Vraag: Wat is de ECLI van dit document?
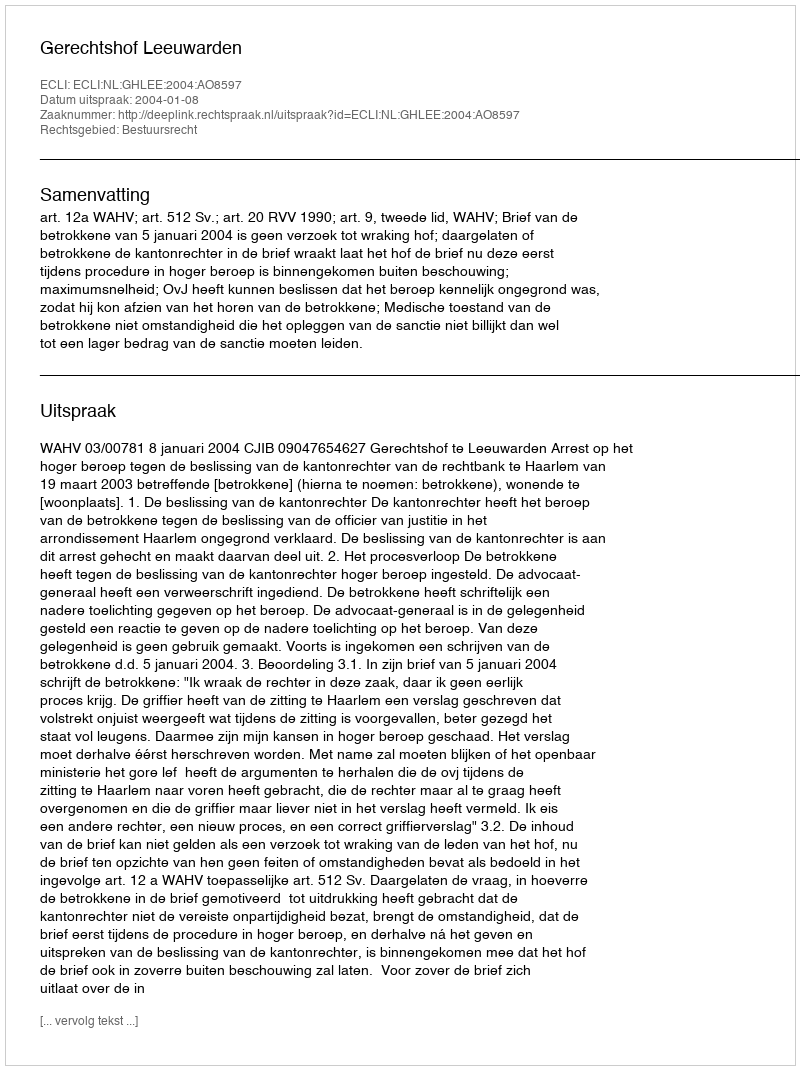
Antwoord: ECLI:NL:GHLEE:2004:AO8597